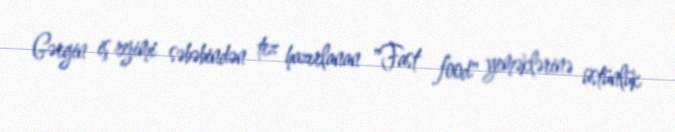
Gərgin iş rejimi səbəbindən tez hazırlanan "Fast food" yeməklərinə üstünlük